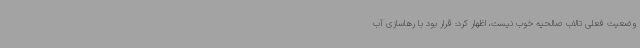
وضعیت فعلی تالاب صالحیه خوب نیست، اظهار کرد: قرار بود با رهاسازی آب